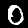
Label: 0